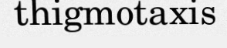
thigmotaxis